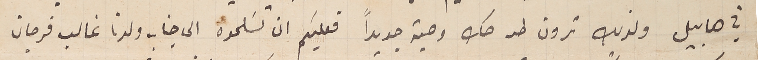
في هابيل ولذلك ترون طيه صك وصية جديداً فعليكم ان تسَلموه الى جناب ولدنا غالب فرجان